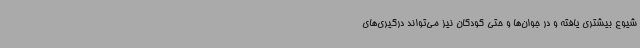
شیوع بیشتری یافته و در جوان‌ها و حتی کودکان نیز می‌تواند درگیری‌های